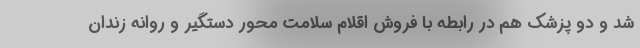
شد و دو پزشک هم در رابطه با فروش اقلام سلامت محور دستگیر و روانه زندان